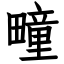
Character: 疃